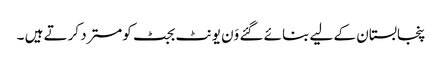
پنجابستان کے لیے بنائے گئے وَن یونٹ بجٹ کومسترد کرتے ہیں ۔